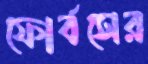
ফোর্বসের